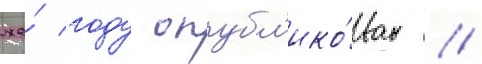
же́ году опубл'ико́ван //